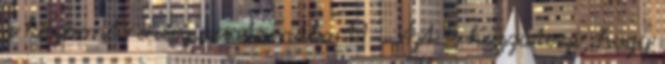
a központi energiacsatornába 11 . Azt is hozzáteszi, hogy